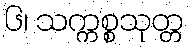
၆၊ သက္ကစ္စသုတ္တ